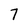
Character: 7